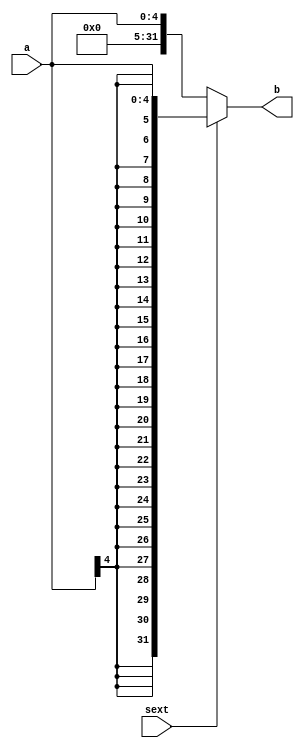
`timescale 1ns / 1ps
//////////////////////////////////////////////////////////////////////////////////
// Company: 
// Engineer: 
// 
// Design Name: 
// Module Name: EXT5
// Project Name: 
// Target Devices: 
// Tool Versions: 
// Description: 
// 
// Dependencies: 
// 
// Revision:
// Revision 0.01 - File Created
// Additional Comments:
// 
//////////////////////////////////////////////////////////////////////////////////


module ext5#(parameter WIDTH = 5)(
    input [WIDTH - 1:0] a, 
    input sext,     //sext  0 
    output [31:0] b //32 
);
assign b=sext?{{(32-WIDTH){a[WIDTH-1]}},a}:{{(32-WIDTH){1'b0}},a};
endmodule